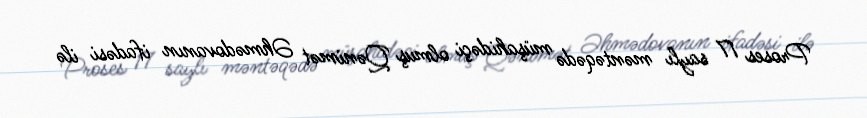
Proses 17 saylı məntəqədə müşahidəçi olmuş Qənimət Əhmədovanın ifadəsi ilə